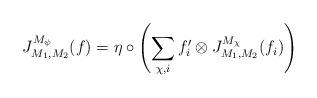
LaTeX: \begin{align*} J^{M_\psi}_{M_1, M_2}(f)=\eta\circ\left(\sum_{\chi, i} f_i'\otimes J^{M_\chi}_{M_1, M_2}(f_i)\right)\end{align*}